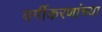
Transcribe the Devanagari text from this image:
वर्गीकरणांच्या